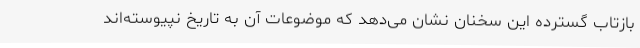
بازتاب گسترده این سخنان نشان می‌دهد که موضوعات آن به تاریخ نپیوسته‌اند